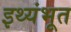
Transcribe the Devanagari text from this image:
इथ्यंभूत